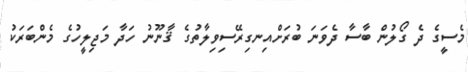
މެސީގެ ދެ ގޯލުން ބާސާ ދެވަނަ ބުރަށްއިނގިރޭސިވިލާތުގެ ޤާނޫނު ހަދާ މަޖިލީހުގެ މެންބަރަކު